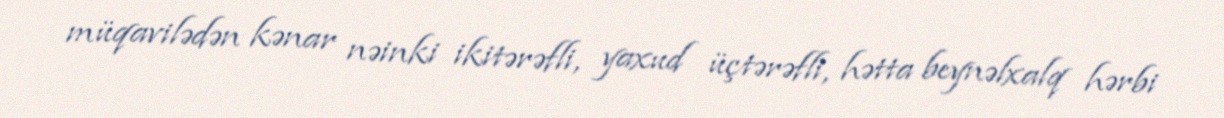
müqavilədən kənar nəinki ikitərəfli, yaxud üçtərəfli, hətta beynəlxalq hərbi